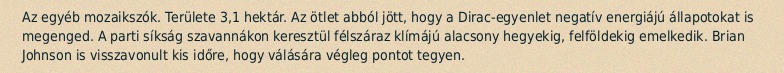
Az egyéb mozaikszók. Területe 3,1 hektár. Az ötlet abból jött, hogy a Dirac-egyenlet negatív energiájú állapotokat is megenged. A parti síkság szavannákon keresztül félszáraz klímájú alacsony hegyekig, felföldekig emelkedik. Brian Johnson is visszavonult kis időre, hogy válására végleg pontot tegyen.